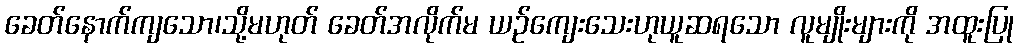
ခေတ်နောက်ကျသော၊သို့မဟုတ် ခေတ်အလိုက်မ ယဉ်ကျေးသေးဟုယူဆရသော လူမျိုးများကို အထူးပြု